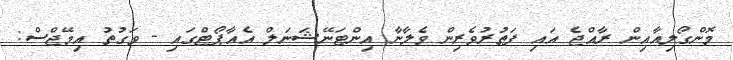
މޮންގޯލިއާއިން ރާއްޖެ އައި ފަތުރުވެރިން ވެލާނާ އިންޓަނޭޝަނަލް އެއާޕޯޓްގައި - ވަގުތު އިމޭޖްސް: